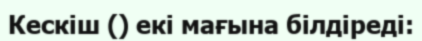
Кескіш () екі мағына білдіреді: